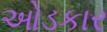
ઓડકાર